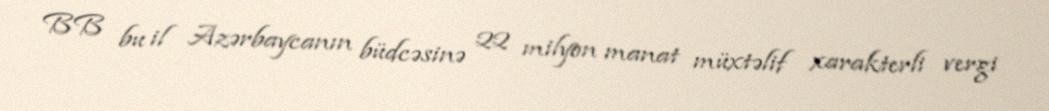
BB bu il Azərbaycanın büdcəsinə 22 milyon manat müxtəlif xarakterli vergi